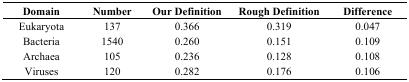
<table><thead><tr><td><b>Domain</b></td><td><b>Number</b></td><td><b>Our Definition</b></td><td><b>Rough Definition</b></td><td><b>Difference</b></td></tr></thead><tbody><tr><td>Eukaryota</td><td>137</td><td>0.366</td><td>0.319</td><td>0.047</td></tr><tr><td>Bacteria</td><td>1540</td><td>0.260</td><td>0.151</td><td>0.109</td></tr><tr><td>Archaea</td><td>105</td><td>0.236</td><td>0.128</td><td>0.108</td></tr><tr><td>Viruses</td><td>120</td><td>0.282</td><td>0.176</td><td>0.106</td></tr></tbody></table>